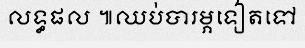
លទ្ធផល ៕ឈប់បារម្ភទៀតទៅ